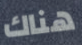
هناك